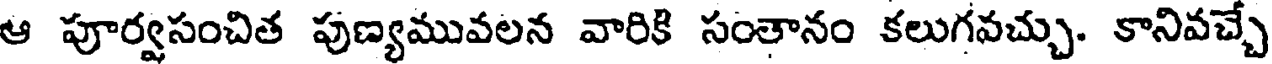
ఆ పూర్వసంచిత పుణ్యమువలన వారికి సంతానం కలుగవచ్చు. కానివచ్చే